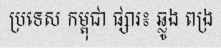
ប្រទេស កម្ពុជា ផ្សារ៖ ឆ្លូង ពង្រ